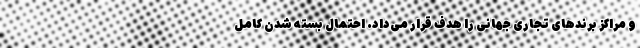
و مراکز برندهای تجاری جهانی را هدف قرار می‌داد. احتمال بسته شدن کامل